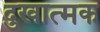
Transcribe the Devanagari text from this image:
दुखात्मक